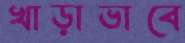
খাড়াভাবে